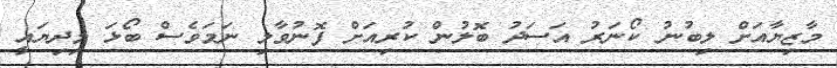
މާޒިޔާއަށް ލިބުނު ކޯނަރު އަސަދު ބޮލުން ކުރިއަށް ފޮނުވާލި ނަމަވެސް ބޯޅަ މިދިޔައީ